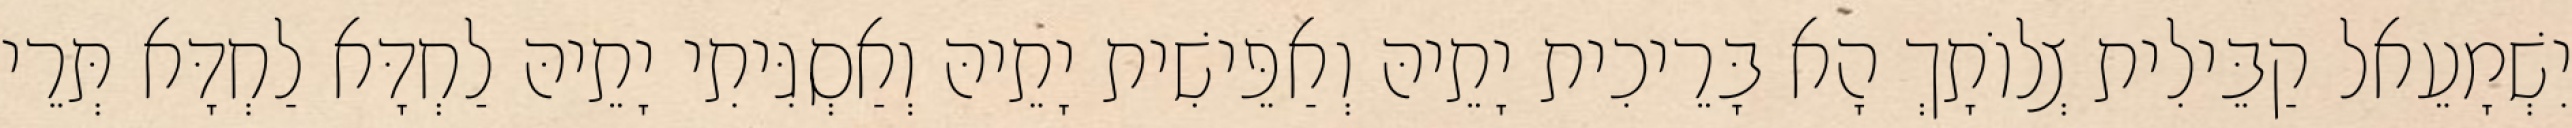
יִשְׁמָעֵאל קַבֵּילִית צְלוֹתָךְ הָא בָּרֵיכִית יָתֵיהּ וְאַפֵּישִׁית יָתֵיהּ וְאַסְגִּיתִי יָתֵיהּ לַחְדָּא לַחְדָּא תְּרֵי